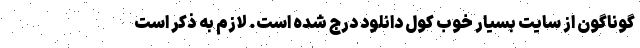
گوناگون از سایت بسیار خوب کول دانلود درج شده است. لازم به ذکر است